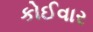
કોઈવાર